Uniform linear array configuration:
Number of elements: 12
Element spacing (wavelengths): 0.25
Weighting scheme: kaiser
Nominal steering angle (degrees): -15
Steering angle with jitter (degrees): -14.375
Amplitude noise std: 0.05
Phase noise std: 0.05

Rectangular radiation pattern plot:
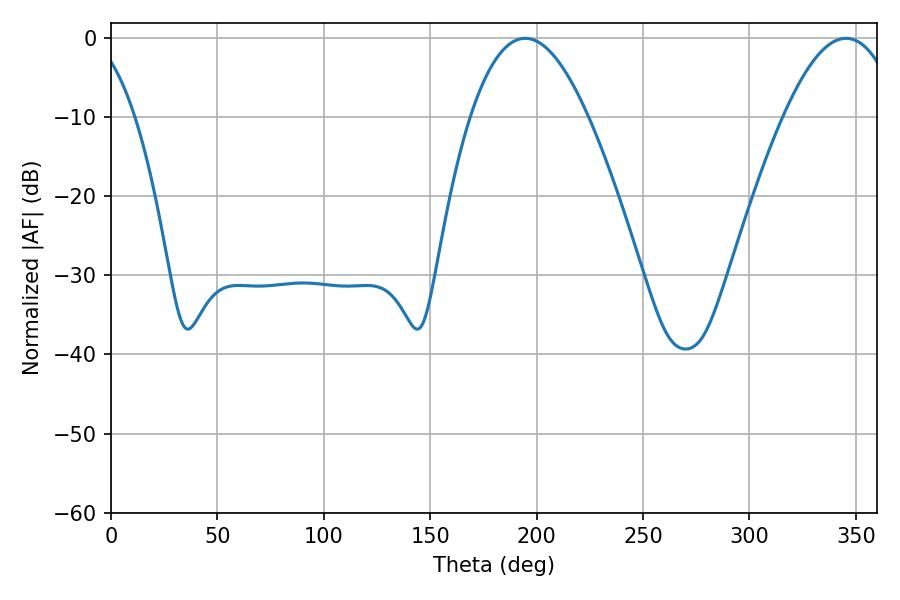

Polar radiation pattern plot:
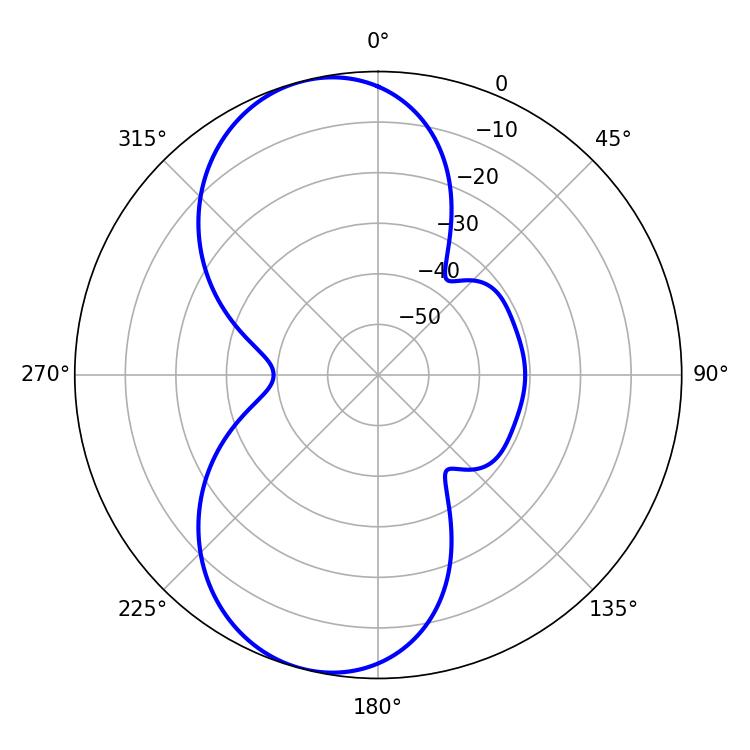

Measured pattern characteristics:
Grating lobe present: FALSE
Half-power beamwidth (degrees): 30.42
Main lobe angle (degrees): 194.58